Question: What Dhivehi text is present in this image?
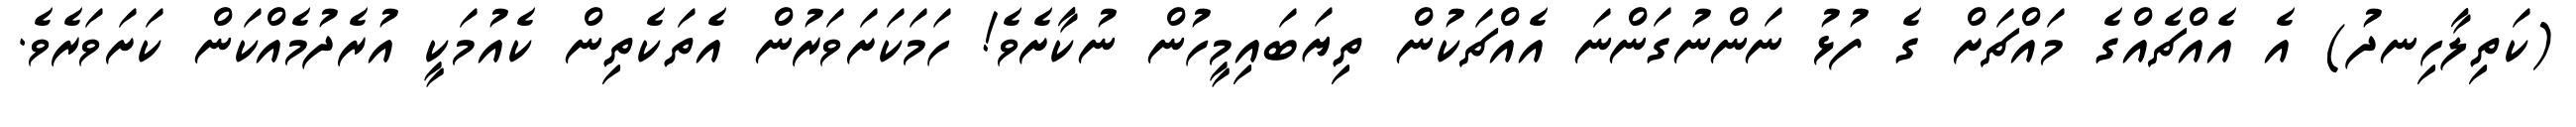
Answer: (ކަތިލާހިނދު) އެ އެއްޗެއްގެ މައްޗަށް ގެ ފުޅު ނަންނުގަންނަ އެއްޗަކުން ތިޔަބައިމީހުން ނުކާށެވެ! ހަމަކަށަވަރުން އެތަކެތިން ކެއުމަކީ އުރެދުމެއްކަން ކަށަވަރެވެ.